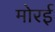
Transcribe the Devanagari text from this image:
मोरई